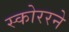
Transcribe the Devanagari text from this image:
स्कोररने